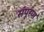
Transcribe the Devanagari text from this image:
संपूरण